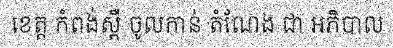
ខេត្ត កំពង់ស្ពឺ ចូលកាន់ តំណែង ជា អភិបាល